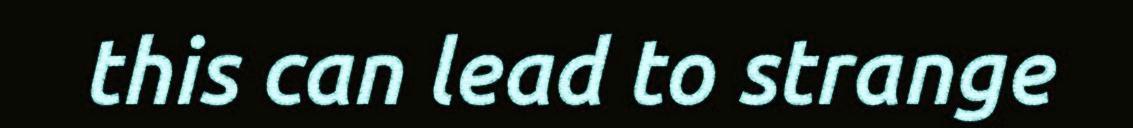
this can lead to strange